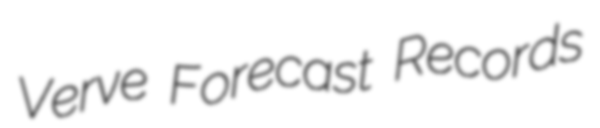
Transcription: Verve Forecast Records